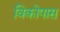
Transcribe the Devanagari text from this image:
विकोपास